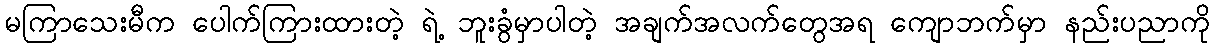
မကြာသေးမီက ပေါက်ကြားထားတဲ့ ရဲ့ ဘူးခွံမှာပါတဲ့ အချက်အလက်တွေအရ ကျောဘက်မှာ နည်းပညာကို